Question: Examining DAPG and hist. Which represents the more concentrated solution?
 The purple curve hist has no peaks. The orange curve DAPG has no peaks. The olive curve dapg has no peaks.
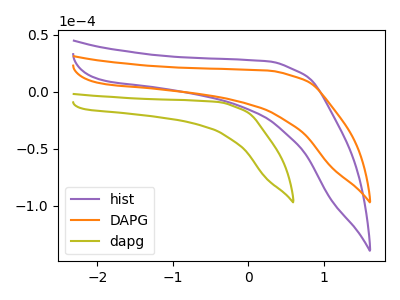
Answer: <think>Neither "DAPG" or "hist" have any peaks.
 </think>
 <answer>I cant tell if "DAPG" or "hist" has higher concentration.</answer>
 <eval>mixed_concentration</eval>